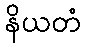
နိယတံ